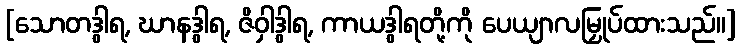
[သောတဒွါရ, ဃာနဒွါရ, ဇိဝှါဒွါရ, ကာယဒွါရတို့ကို ပေယျာလမြှုပ်ထားသည်။]